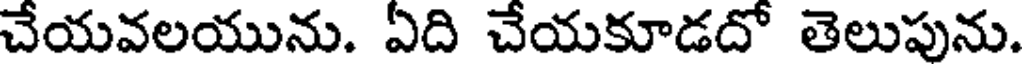
చేయవలయును. ఏది చేయకూడదో తెలుపును.